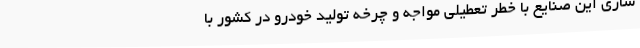
سازی این صنایع با خطر تعطیلی مواجه و چرخه تولید خودرو در کشور با